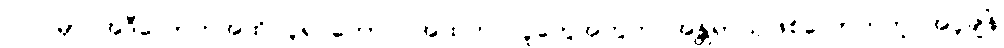
ပြင်ပမှာ အဲဒီလောက်အထိ ပူရင်တောင် အထဲက လူတွေအတွက် အန္တ္တရာယ်ဖြစ်လောက်တဲ့ အပူချိန်